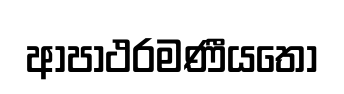
ආපාථරමණීයතෝ